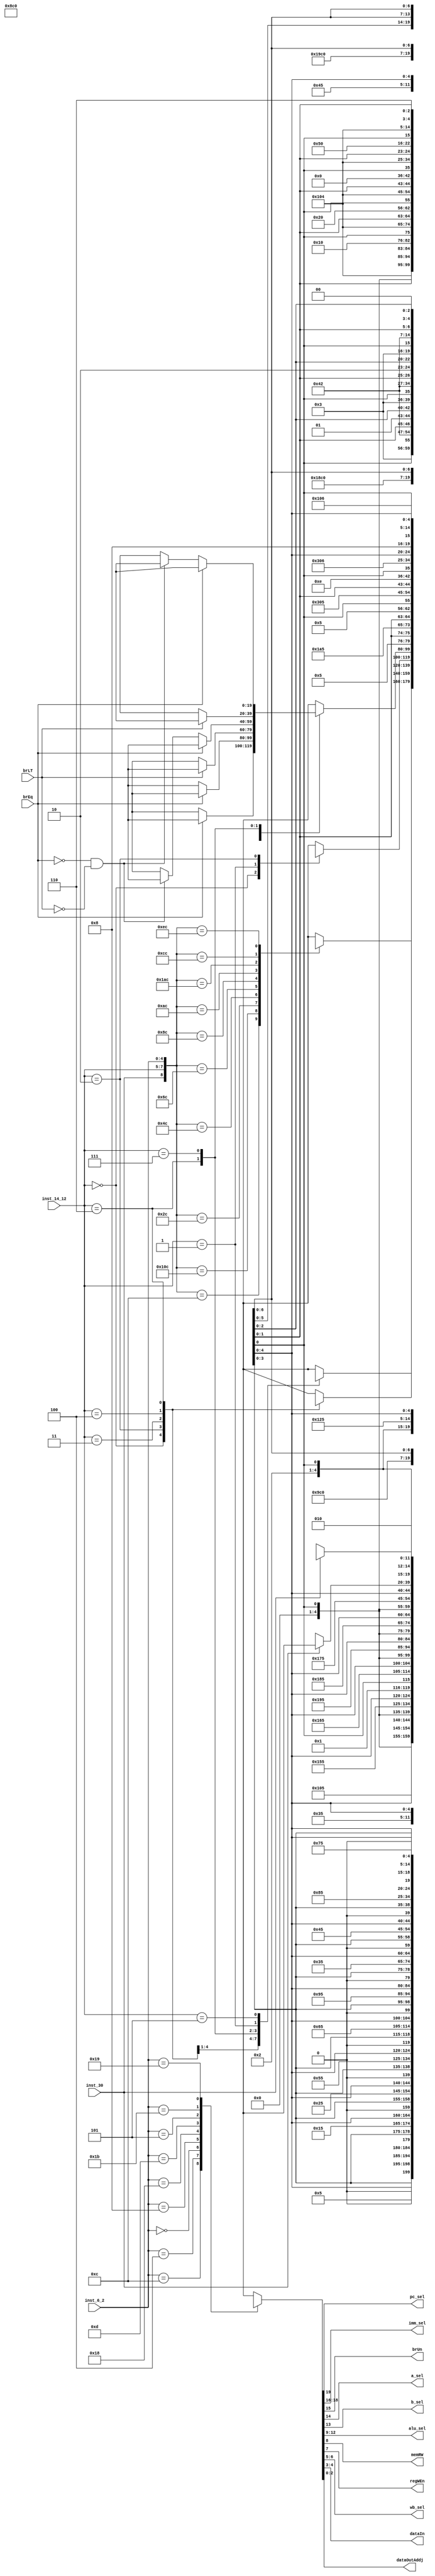
module ROMControl(inst_30, inst_14_12, inst_6_2, brEq, brLT, 
		pc_sel, imm_sel, brUn, a_sel, b_sel, alu_sel, memRW, regWEn, wb_sel, dataIn, dataOutAddj);
	input inst_30;
	input [2:0] inst_14_12;
	input [4:0] inst_6_2;
	input brEq, brLT;
	output reg pc_sel, brUn, a_sel, b_sel, memRW, regWEn;
	output reg [1:0] wb_sel, dataIn;
	output reg [2:0] imm_sel, dataOutAddj;
	output reg [3:0] alu_sel;
	reg [8:0] addr;
	reg [19:0] data;

	always @(inst_30 or inst_14_12 or inst_6_2 or brEq or brLT)
	begin
		addr = {inst_30, inst_14_12, inst_6_2};
		case(inst_6_2)
		12: //R Type
			begin
			case(addr)
			//ADD
				12: data = 20'b 0_xxx_x_0_0_0000_0_1_01_xx_xxx;

			//SUB
				268: data = 20'b 0_xxx_x_0_0_0001_0_1_01_xx_xxx;

			//SLL
				44: data = 20'b 0_xxx_x_0_0_0010_0_1_01_xx_xxx;

			//SLT
				76: data = 20'b 0_xxx_x_0_0_0101_0_1_01_xx_xxx;

			//SLTU
				108: data = 20'b 0_xxx_x_0_0_0110_0_1_01_xx_xxx;

			//XOR
				140: data = 20'b 0_xxx_x_0_0_1001_0_1_01_xx_xxx;

			//SRL
				172: data = 20'b 0_xxx_x_0_0_0011_0_1_01_xx_xxx;

			//SRA
				428: data = 20'b 0_xxx_x_0_0_0100_0_1_01_xx_xxx;

			//OR
				204: data = 20'b 0_xxx_x_0_0_1000_0_1_01_xx_xxx;

			//AND
				236: data = 20'b 0_xxx_x_0_0_0111_0_1_01_xx_xxx;

				default: data = 20'b x_xxx_x_x_x_xxxx_x_x_xx_xx_xxx;
			endcase
			end
		4: //I Type 1
			begin
			case(inst_14_12)
			//ADDI
				0: data = 20'b 0_000_x_0_1_0000_0_1_01_xx_xxx;

			//SLTI
				2: data = 20'b 0_000_x_0_1_0101_0_1_01_xx_xxx;

			//SLTIU
				3: data = 20'b 0_001_x_0_1_0110_0_1_01_xx_xxx;

			//XORI
				4: data = 20'b 0_000_x_0_1_1001_0_1_01_xx_xxx;

			//ORI
				6: data = 20'b 0_000_x_0_1_1000_0_1_01_xx_xxx;

			//ANDI
				7: data = 20'b 0_000_x_0_1_0111_0_1_01_xx_xxx;


				1: 
				begin
			//SLLI
				if (inst_30==0)
					data = 20'b 0_010_x_0_1_0010_0_1_01_xx_xxx;
				else
					data = 20'b x_xxx_x_x_x_xxxx_x_x_xx_xx_xxx;
				end


				5: 
				begin
			//SRLI
				if (inst_30==0)
					data = 20'b 0_010_x_0_1_0011_0_1_01_xx_xxx;
			//SRAI
				else
					data = 20'b 0_010_x_0_1_0100_0_1_01_xx_xxx;
				end

				default: data = 20'b x_xxx_x_x_x_xxxx_x_x_xx_xx_xxx;
			endcase
			end

		0: //I Type 2
			begin
			case(inst_14_12)
			//LB
				0: data = 20'b 0_000_x_0_1_0000_0_1_00_xx_001;

			//LH
				2: data = 20'b 0_000_x_0_1_0000_0_1_00_xx_010;

			//LW
				3: data = 20'b 0_000_x_0_1_0000_0_1_00_xx_000;

			//LBU
				4: data = 20'b 0_000_x_0_1_0000_0_1_00_xx_101;
 
			//LHU
				6: data = 20'b 0_000_x_0_1_0000_0_1_00_xx_110;

				default: data = 20'b x_xxx_x_x_x_xxxx_x_x_xx_xx_xxx;
			endcase
			end

		8: //S Type
			begin
			case(inst_14_12)
			//SB
				0: data = 20'b 0_011_x_0_1_0000_1_0_xx_01_xxx;

			//SH
				1: data = 20'b 0_011_x_0_1_0000_1_0_xx_10_xxx;

			//SW
				2: data = 20'b 0_011_x_0_1_0000_1_0_xx_00_xxx;

				default: data = 20'b x_xxx_x_x_x_xxxx_x_x_xx_xx_xxx;
			endcase
			end

		24: //B Type
			begin
			case(inst_14_12)
			//BEQ
				0: 
				begin
				if (brEq==1)
					data = 20'b 1_100_0_1_1_0000_0_0_xx_xx_xxx;
				else
					data = 20'b 0_100_0_1_1_0000_0_0_xx_xx_xxx;
				end

			//BNE
				1:
				begin
				if (brEq==0)
					data = 20'b 1_100_0_1_1_0000_0_0_xx_xx_xxx;
				else
					data = 20'b 0_100_0_1_1_0000_0_0_xx_xx_xxx;
				end

			//BLT
				4: 
				begin
				if (brLT==1)
					data = 20'b 1_100_0_1_1_0000_0_0_xx_xx_xxx;
				else
					data = 20'b 0_100_0_1_1_0000_0_0_xx_xx_xxx;
				end

			//BGE
				5: 
				begin
				if (brEq==1)
					data = 20'b 1_100_0_1_1_0000_0_0_xx_xx_xxx;
				else if((brEq==0) && (brLT==0))
					data = 20'b 1_100_0_1_1_0000_0_0_xx_xx_xxx;
				else
					data = 20'b 0_100_0_1_1_0000_0_0_xx_xx_xxx;
				end

			//BLTU
				6: 
				begin
				if (brLT==1)
					data = 20'b 1_100_1_1_1_0000_0_0_xx_xx_xxx;
				else
					data = 20'b 0_100_1_1_1_0000_0_0_xx_xx_xxx;
				end

			//BGEU
				7: 
				begin
				if (brEq==1)
					data = 20'b 1_100_1_1_1_0000_0_0_xx_xx_xxx;
				else if((brEq==0) && (brLT==0))
					data = 20'b 1_100_1_1_1_0000_0_0_xx_xx_xxx;
				else
					data = 20'b 0_100_1_1_1_0000_0_0_xx_xx_xxx;
				end

				default: data = 20'b x_xxx_x_x_x_xxxx_x_x_xx_xx_xxx;
			endcase
			end

		//U Type
		//LUI
		13: data = 20'b 0_101_x_x_1_1010_0_1_01_xx_000;

		//AUIPC
		5: data = 20'b 0_101_x_1_1_0000_0_1_01_xx_000;


		//J Type
		//JAL
		27: data = 20'b 1_110_x_1_1_0000_0_1_10_xx_xxx;

		//JALR
		25: data = 20'b 1_000_x_0_1_0000_0_1_10_xx_xxx;

		default: data = 20'b x_xxx_x_x_x_xxxx_x_x_xx_xx_xxx;
		endcase
		
		pc_sel = data[19]; 
		brUn = data[15]; 
		a_sel = data[14]; 
		b_sel = data[13]; 
		memRW = data[8]; 
		regWEn = data[7];
		wb_sel = data[6:5]; 
		dataIn = data[4:3];
		imm_sel = data[18:16]; 
		dataOutAddj = data[2:0];
		alu_sel = data[12:9];
	end
endmodule